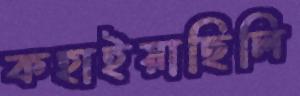
কহাইয়াছিলি